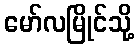
မော်လမြိုင်သို့